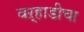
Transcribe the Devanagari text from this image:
वऱ्हाडीचा